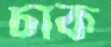
চাক